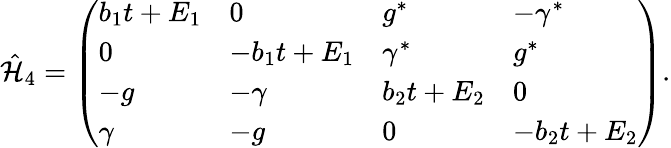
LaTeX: {\hat{\cal H}}_{4}=\left(\begin{array}{llll}{b_{1}t+E_{1}}&{0}&{g^{*}}&{-\gamma^{*}}\\ {0}&{-b_{1}t+E_{1}}&{\gamma^{*}}&{g^{*}}\\ {-g}&{-\gamma}&{b_{2}t+E_{2}}&{0}\\ {\gamma}&{-g}&{0}&{-b_{2}t+E_{2}}\end{array}\right).